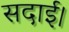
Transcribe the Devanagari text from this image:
सदाई।